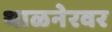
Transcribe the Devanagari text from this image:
थाळनेरवर